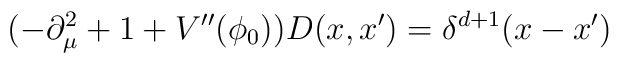
(-\partial ^2_\mu +1+V''(\phi _0))D(x,x')=\delta ^{d+1}(x-x')